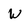
Character: W